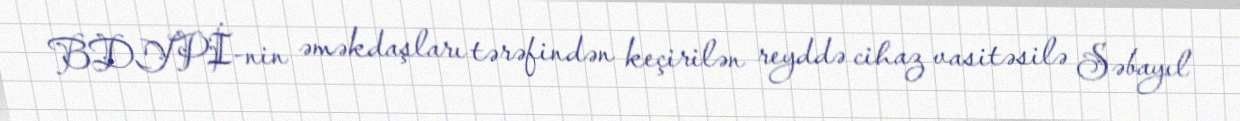
BDYPİ-nin əməkdaşları tərəfindən keçirilən reyddə cihaz vasitəsilə Səbayıl